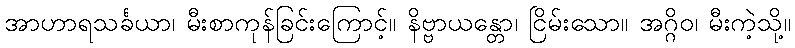
အာဟာရသင်္ခယာ၊ မီးစာကုန်ခြင်းကြောင့်။ နိဗ္ဗာယန္တော၊ ငြိမ်းသော။ အဂ္ဂိဝ၊ မီးကဲ့သို့။